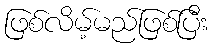
ဖြစ်လိမ့်မည်ဖြစ်ပြီး